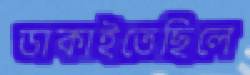
ডাকাইতেছিলে